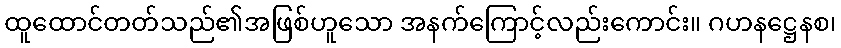
ထူထောင်တတ်သည်၏အဖြစ်ဟူသော အနက်ကြောင့်လည်းကောင်း။ ဂဟနဋ္ဌေနစ၊